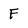
Character: F